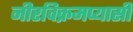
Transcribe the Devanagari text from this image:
नीरविक्रमप्यासी